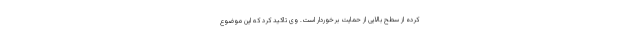
کرده از سطح بالایی از حمایت برخوردار است. وی تاکید کرد که این موضوع